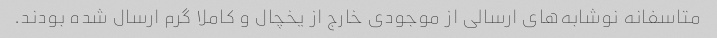
متاسفانه نوشابه‌های ارسالی از موجودی خارج از یخچال و کاملا گرم ارسال شده بودند.